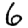
Digit: 6